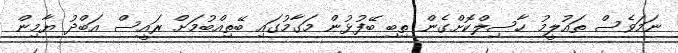
ނަމަވެސް ތައުލީމު ހާސިލްކޮށްގެން ތިބި ބޭފުޅުން މަގާމުގައި ބޭތިއްބުމަށް ރައީސް އަބްދު ޔާމިން